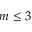
m \le 3